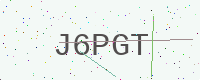
Text: J6PGT